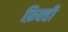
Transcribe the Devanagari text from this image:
फ़िक्ही